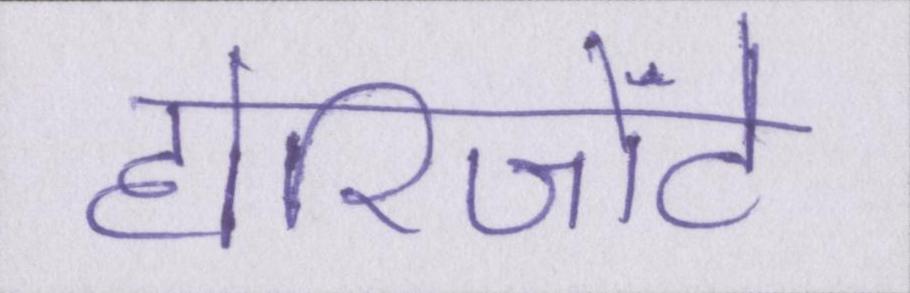
होरिजोंटे